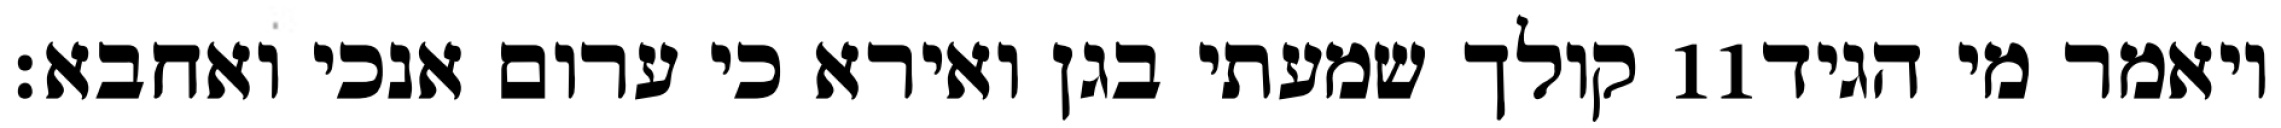
קולך שמעתי בגן ואירא כי ערום אנכי ואחבא׃ ‎11‏ ויאמר מי הגיד